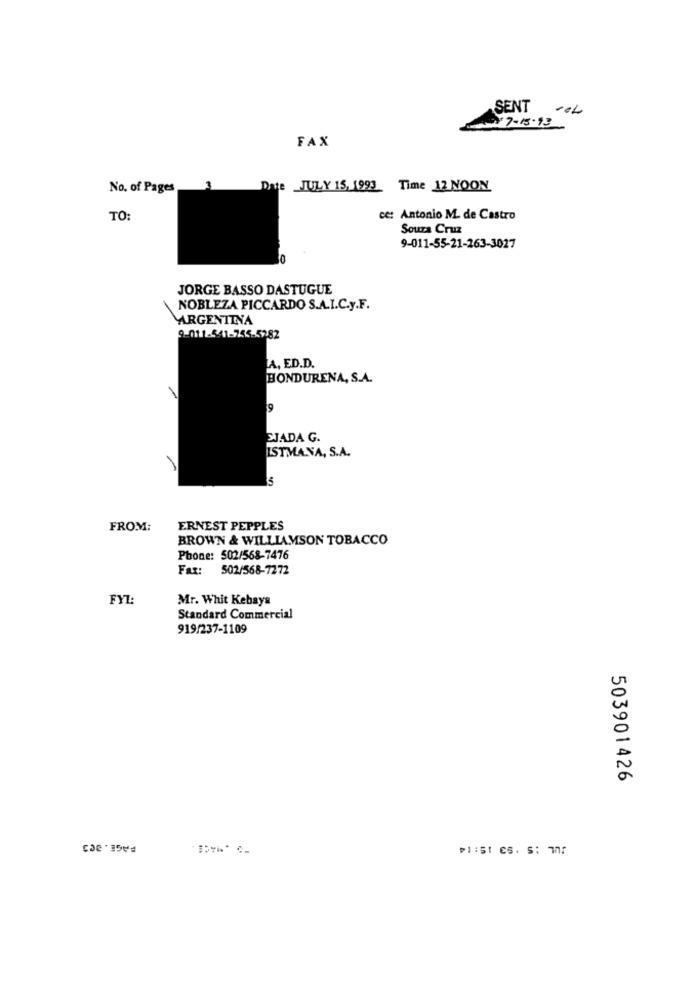
SENT
27-15.93
FAX
No. of Pages
3
Date JULY 15, 1993 Time 12 NOON
TO:
ce: Antonio M. de Castro
Souza Cruz
9-011-55-21-263-3027
JORGE BASSO DASTUGUE
NOBLEZA PICCARDO S.A.I.C.y.F.
ARGENTINA
9-011-541-755-5282
A, ED.D.
BONDURENA, S.A.
9
SJADA G.
ISTMANA, S.A.
FROM:
ERNEST PEPPLES
BROWN & WILLIAMSON TOBACCO
Phone: 502/568-7476
Fax:
502/568-7272
FYL:
Mr. Whit Kebays
Standard Commercial
919/237-1109
503901426
#1:51 CS. S: 700